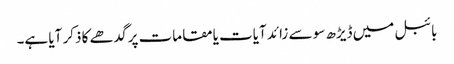
بائبل میں ڈیڑھ سو سے زائد آیات یا مقامات پر گدھے کا ذکر آیا ہے۔